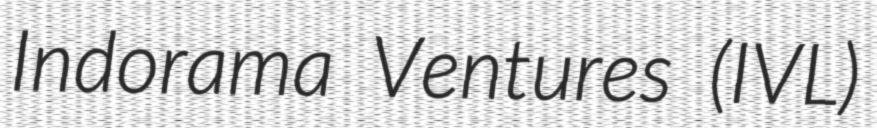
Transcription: Indorama Ventures (IVL)